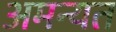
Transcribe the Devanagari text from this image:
अमन्यत